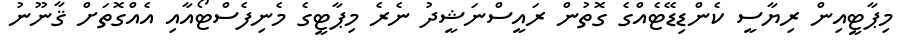
މިޕާޓީއިން ރިޔާސީ ކެންޑިޑޭޓެއްގެ ގޮތުން ރައީސްނަޝީދު ނެރެ މިޕާޓީގެ މެނިފެސްޓޯއާއި އެއްގޮތަށް ޤާނޫނު